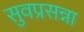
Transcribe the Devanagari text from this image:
सुवप्रसन्ना